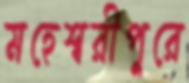
মহেশ্বরীপুরে